Report on horse surra - Volume I
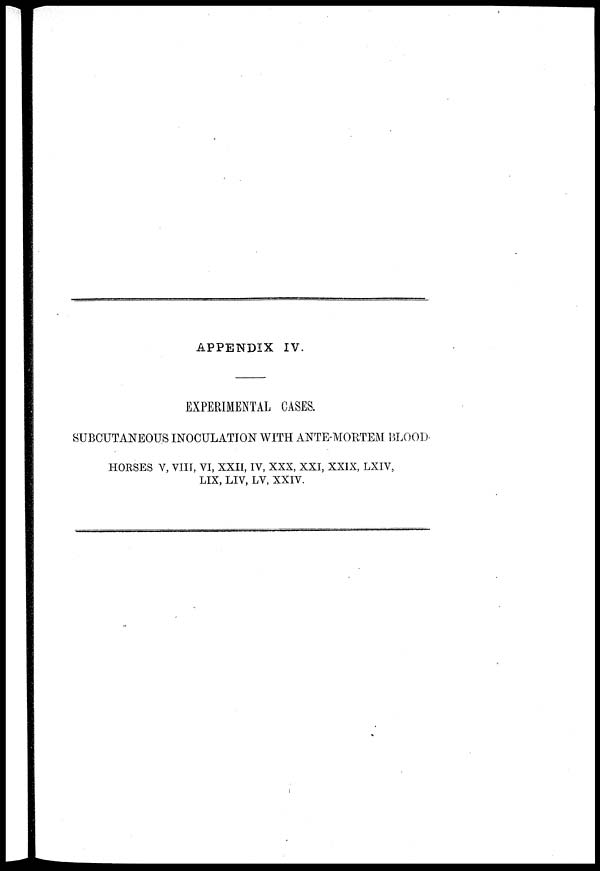
APPENDIX IV.
EXPERIMENTAL CASES.
SUBCUTANEOUS INOCULATION WITH ANTE-MORTEM BLOOD.
HORSES V, VIII, VI, XXII, IV, XXX, XXI, XXIX, LXIV,
LIX, LIV, LV, XXIV.